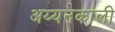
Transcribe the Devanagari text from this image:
अय्यनकाली